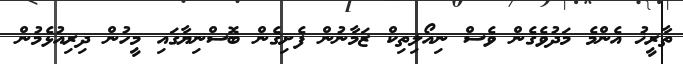
ތާރީޚު އެންމެ މަދުވެގެން ވެސް ނިއޯލިތިކް ޒަމާނުން ފެށިގެން ބޮސްނިޔާގައި މީހުން ދިރިއުޅެމުން